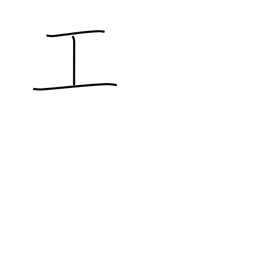
Meaning: construction